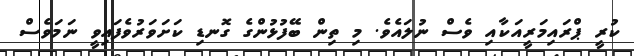
ކުރީ ޕްރައިމަރީއަކާއި ވެސް ނުލައެވެ. މި ތިން ބޭފުޅުންގެ ގޮނޑި ކަށަވަރުވެފައިވީ ނަމަވެސް